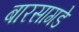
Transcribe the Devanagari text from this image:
बारसागडे